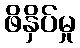
ဖိနှိပ်မှု